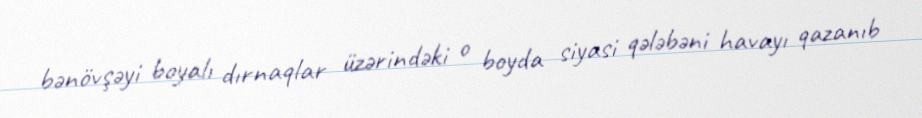
bənövşəyi boyalı dırnaqlar üzərindəki o boyda siyasi qələbəni havayı qazanıb